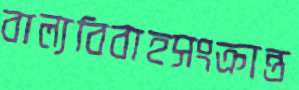
বাল্যবিবাহসংক্রান্ত